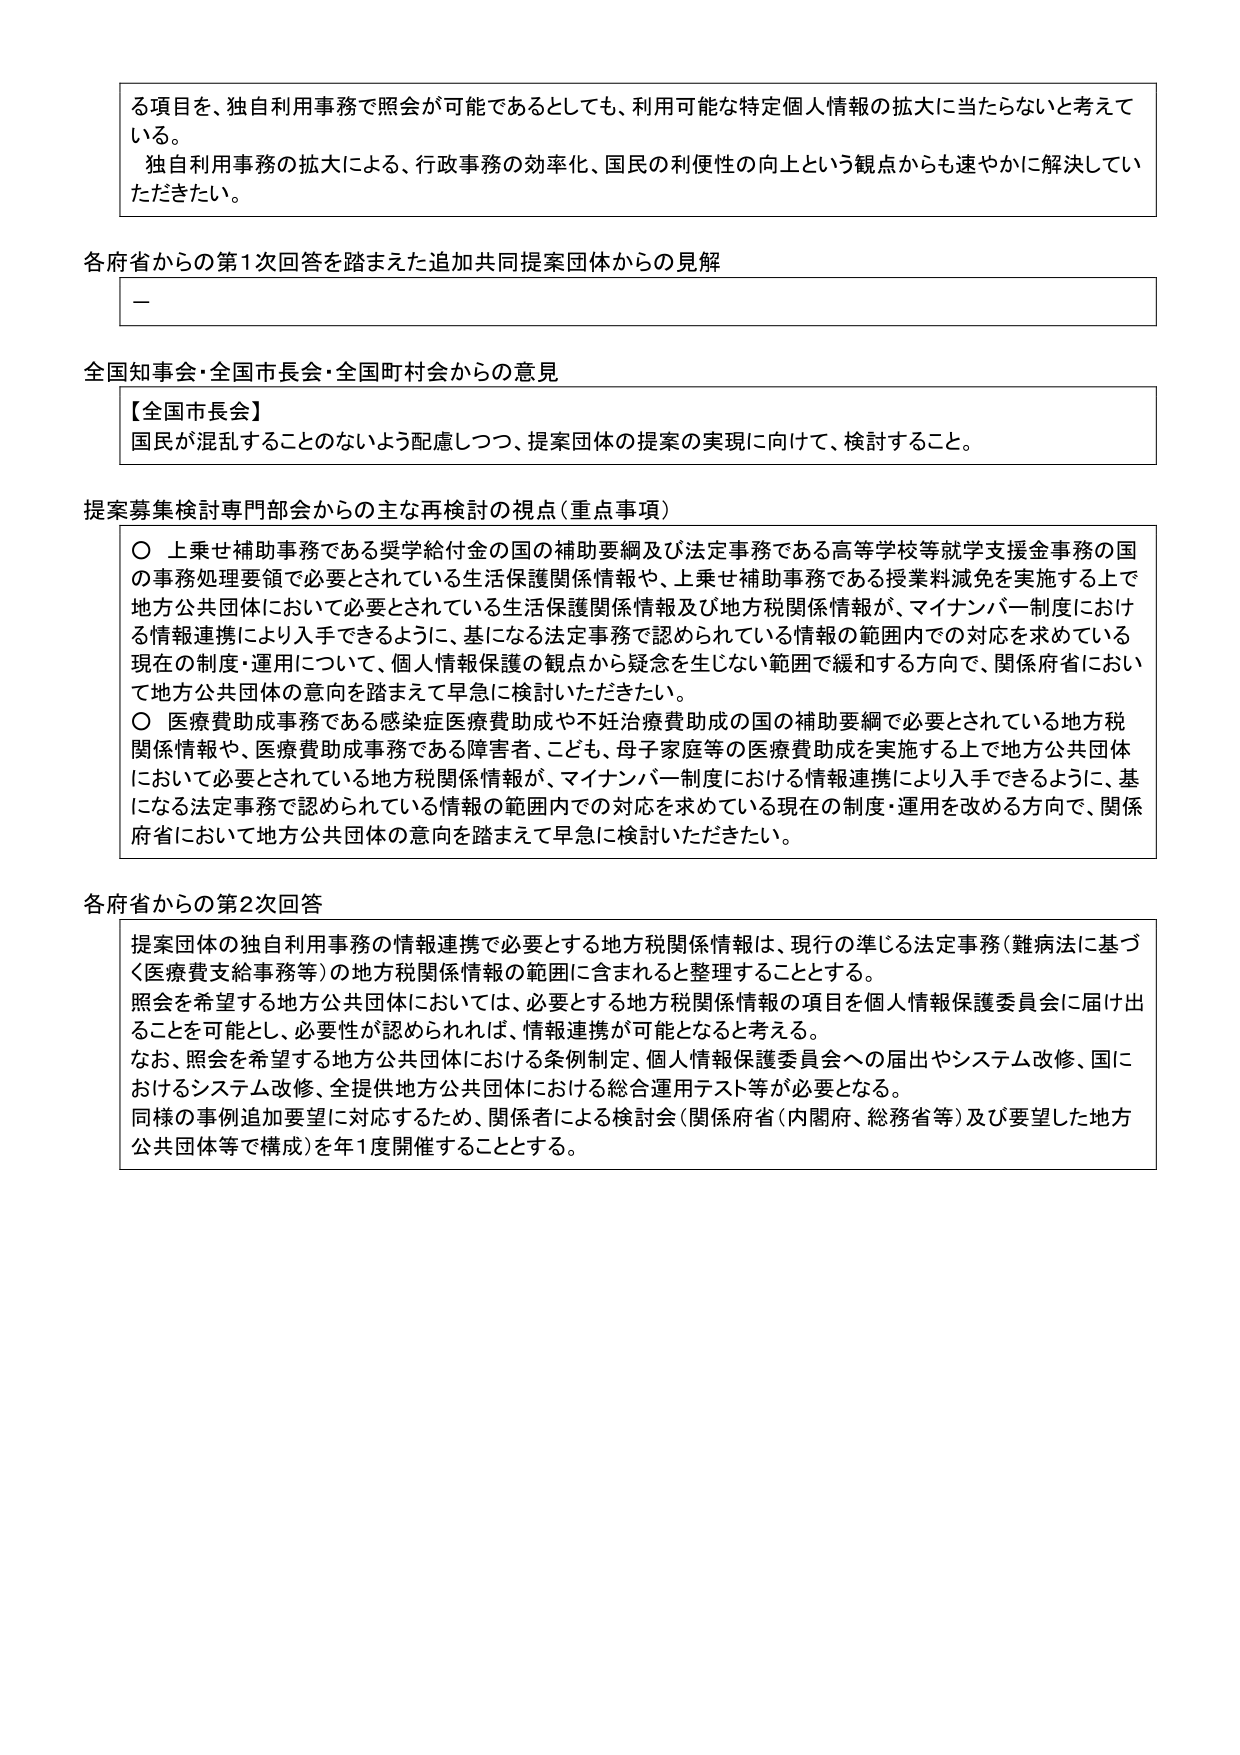
る項目を、独自利用事務で照会が可能であるとしても、利用可能な特定個人情報の拡大に当たらないと考えている。
独自利用事務の拡大による、行政事務の効率化、国民の利便性の向上という観点からも速やかに解決していただきたい。

各府省からの第1次回答を踏まえた追加共同提案団体からの見解
－

全国知事会・全国市長会・全国町村会からの意見
【全国市長会】
国民が混乱することのないよう配慮しつつ、提案団体の提案の実現に向けて、検討すること。

提案募集検討専門部会からの主な再検討の視点（重点事項）
〇 上乗せ補助事務である奨学給付金の国の補助要綱及び法定事務である高等学校等就学支援金事務の国の事務処理要領で必要とされている生活保護関係情報や、上乗せ補助事務である授業料減免を実施する上で地方公共団体において必要とされている生活保護関係情報及び地方税関係情報が、マイナンバー制度における情報連携により入手できるように、基になる法定事務で認められている情報の範囲内での対応を求めている現在の制度・運用について、個人情報保護の観点から疑念を生じない範囲で緩和する方向で、関係府省において地方公共団体の意向を踏まえて早急に検討いただきたい。
〇 医療費助成事務である感染症医療費助成や不妊治療費助成の国の補助要綱で必要とされている地方税関係情報や、医療費助成事務である障害者、こども、母子家庭等の医療費助成を実施する上で地方公共団体において必要とされている地方税関係情報が、マイナンバー制度における情報連携により入手できるように、基になる法定事務で認められている情報の範囲内での対応を求めている現在の制度・運用を改める方向で、関係府省において地方公共団体の意向を踏まえて早急に検討いただきたい。

各府省からの第2次回答
提案団体の独自利用事務の情報連携で必要とする地方税関係情報は、現行の準じる法定事務（難病法に基づく医療費支給事務等）の地方税関係情報の範囲に含まれると整理することとする。
照会を希望する地方公共団体においては、必要とする地方税関係情報の項目を個人情報保護委員会に届け出ることを可能とし、必要性が認められれば、情報連携が可能となると考える。
なお、照会を希望する地方公共団体における条例制定、個人情報保護委員会への届出やシステム改修、国におけるシステム改修、全提供地方公共団体における総合運用テスト等が必要となる。
同様の事例追加要望に対応するため、関係者による検討会（関係府省（内閣府、総務省等）及び要望した地方公共団体等で構成）を年1度開催することとする。